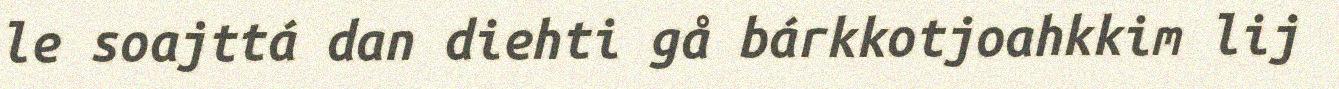
le soajttá dan diehti gå bárkkotjoahkkim lij